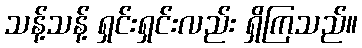
သန့်သန့် ရှင်းရှင်းလည်း ရှိကြသည်။